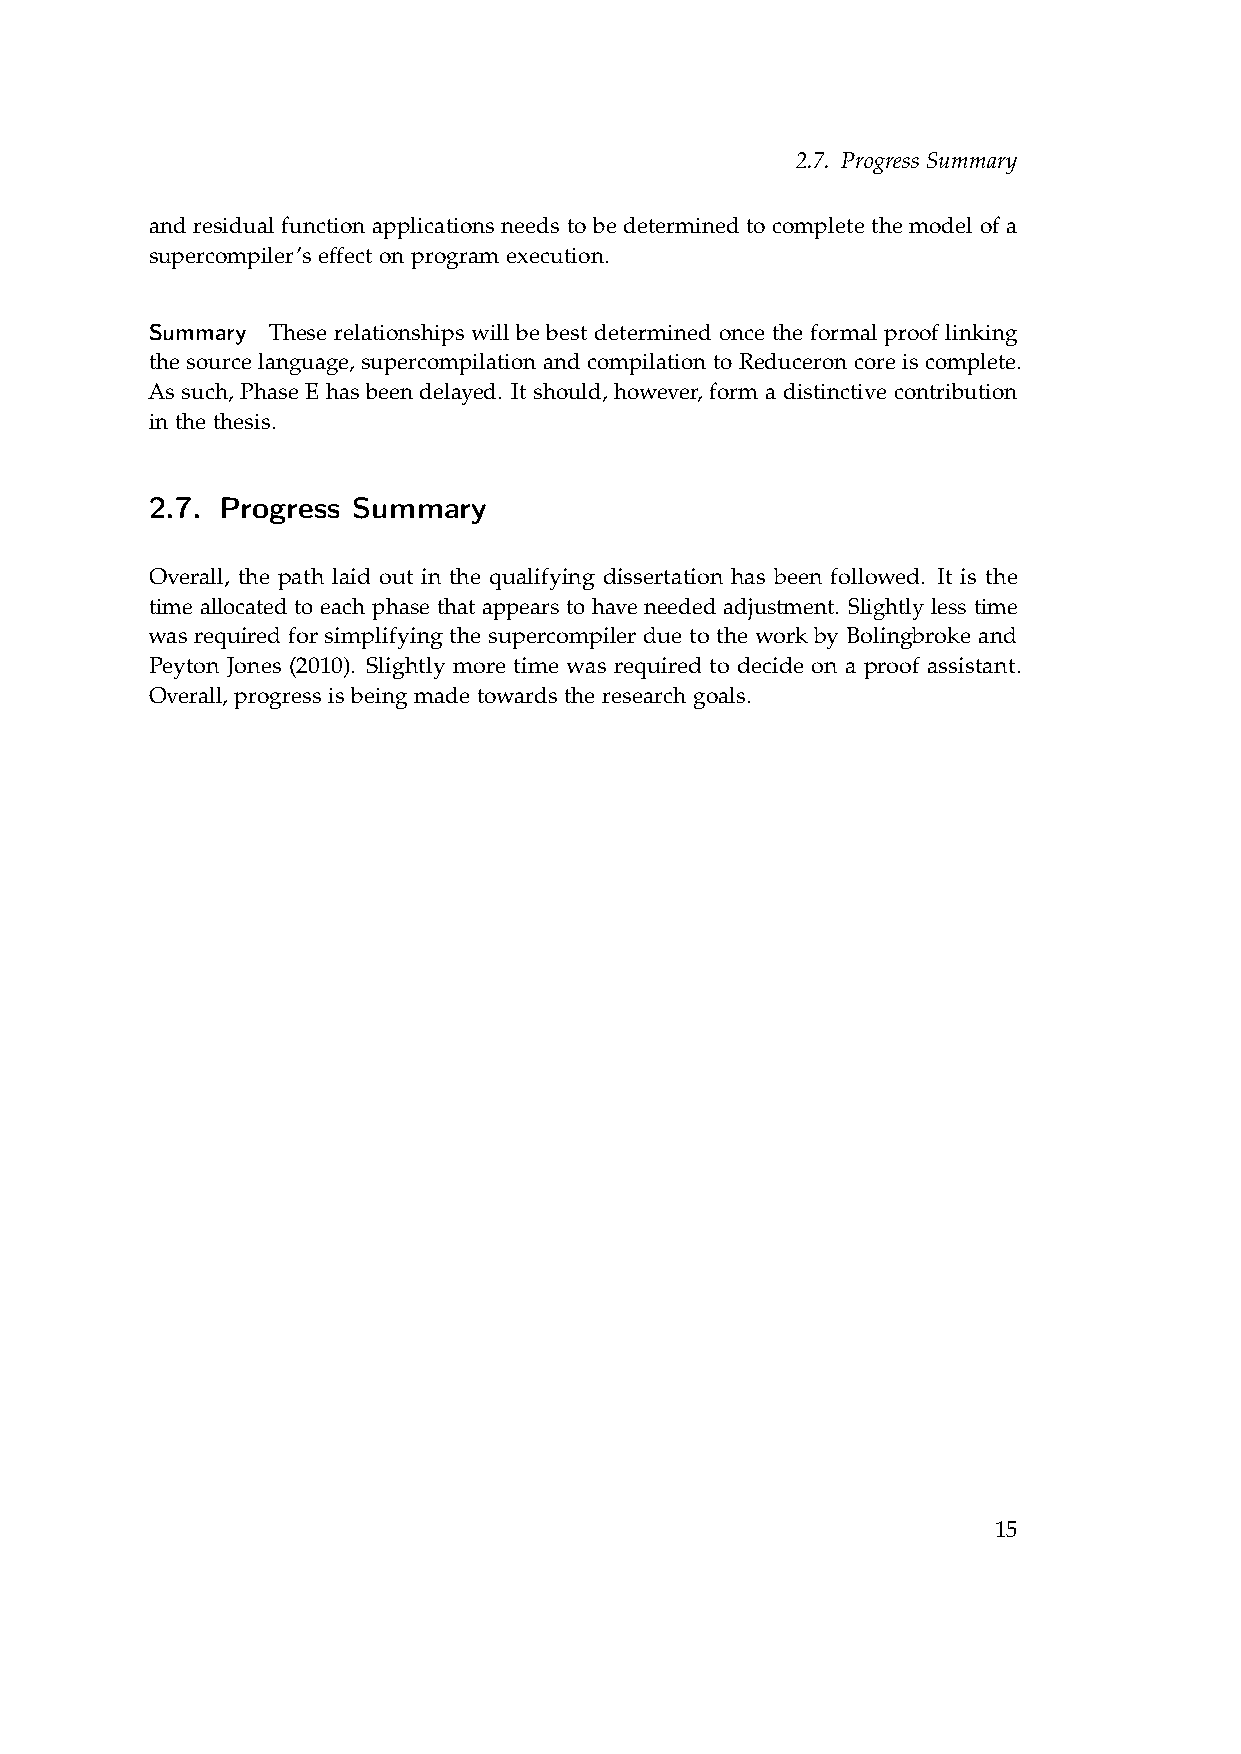
2.7. Progress Summary
 and residual function applications needs to be determined to complete the model of a
 supercompiler’s effect on program execution.
 Summary These relationships will be best determined once the formal proof linking
 the source language, supercompilation and compilation to Reduceron core is complete.
 As such, Phase E has been delayed. It should, however, form a distinctive contribution
 in the thesis.
 2.7. Progress Summary
 Overall, the path laid out in the qualifying dissertation has been followed. It is the
 time allocated to each phase that appears to have needed adjustment. Slightly less time
 was required for simplifying the supercompiler due to the work by Bolingbroke and
 Peyton Jones (2010). Slightly more time was required to decide on a proof assistant.
 Overall, progress is being made towards the research goals.
 15